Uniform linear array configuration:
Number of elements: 64
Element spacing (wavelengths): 1
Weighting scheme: exponential
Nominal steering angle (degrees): -45
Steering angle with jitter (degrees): -46.726
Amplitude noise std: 0.05
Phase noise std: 0.05

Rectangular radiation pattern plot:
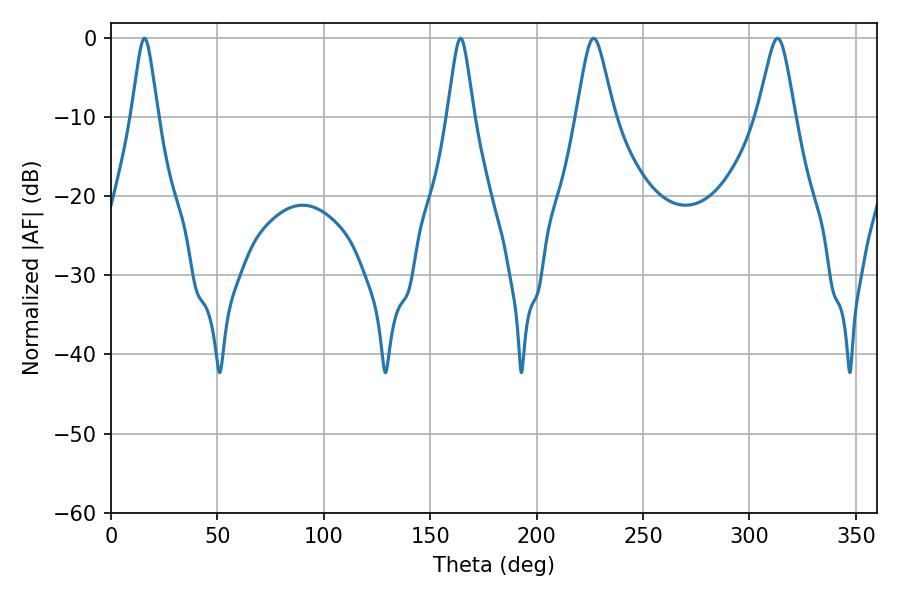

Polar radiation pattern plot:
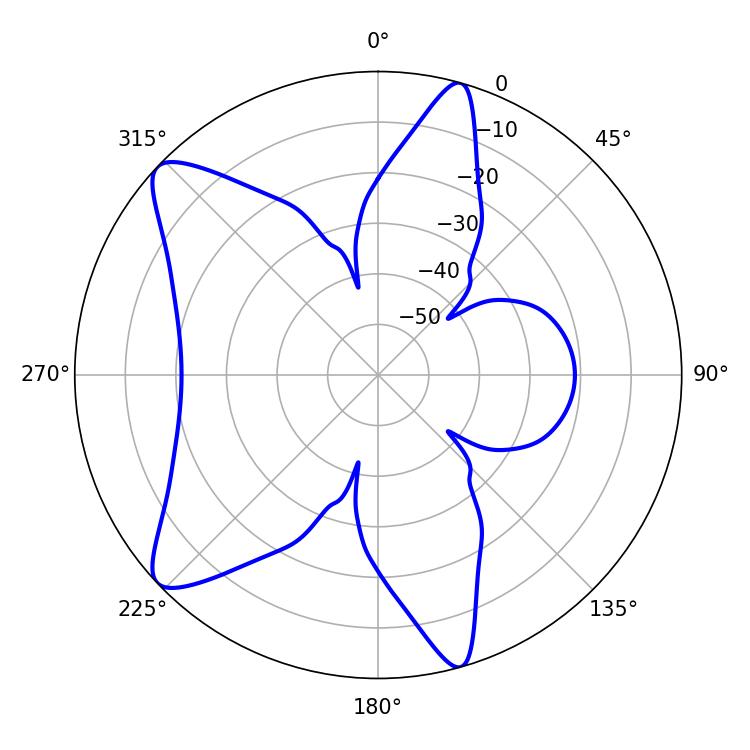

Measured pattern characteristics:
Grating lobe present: TRUE
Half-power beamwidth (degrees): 8.28
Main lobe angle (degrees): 226.8